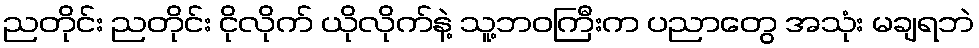
ညတိုင်း ညတိုင်း ငိုလိုက် ယိုလိုက်နဲ့ သူ့ဘဝကြီးက ပညာတွေ အသုံး မချရဘဲ